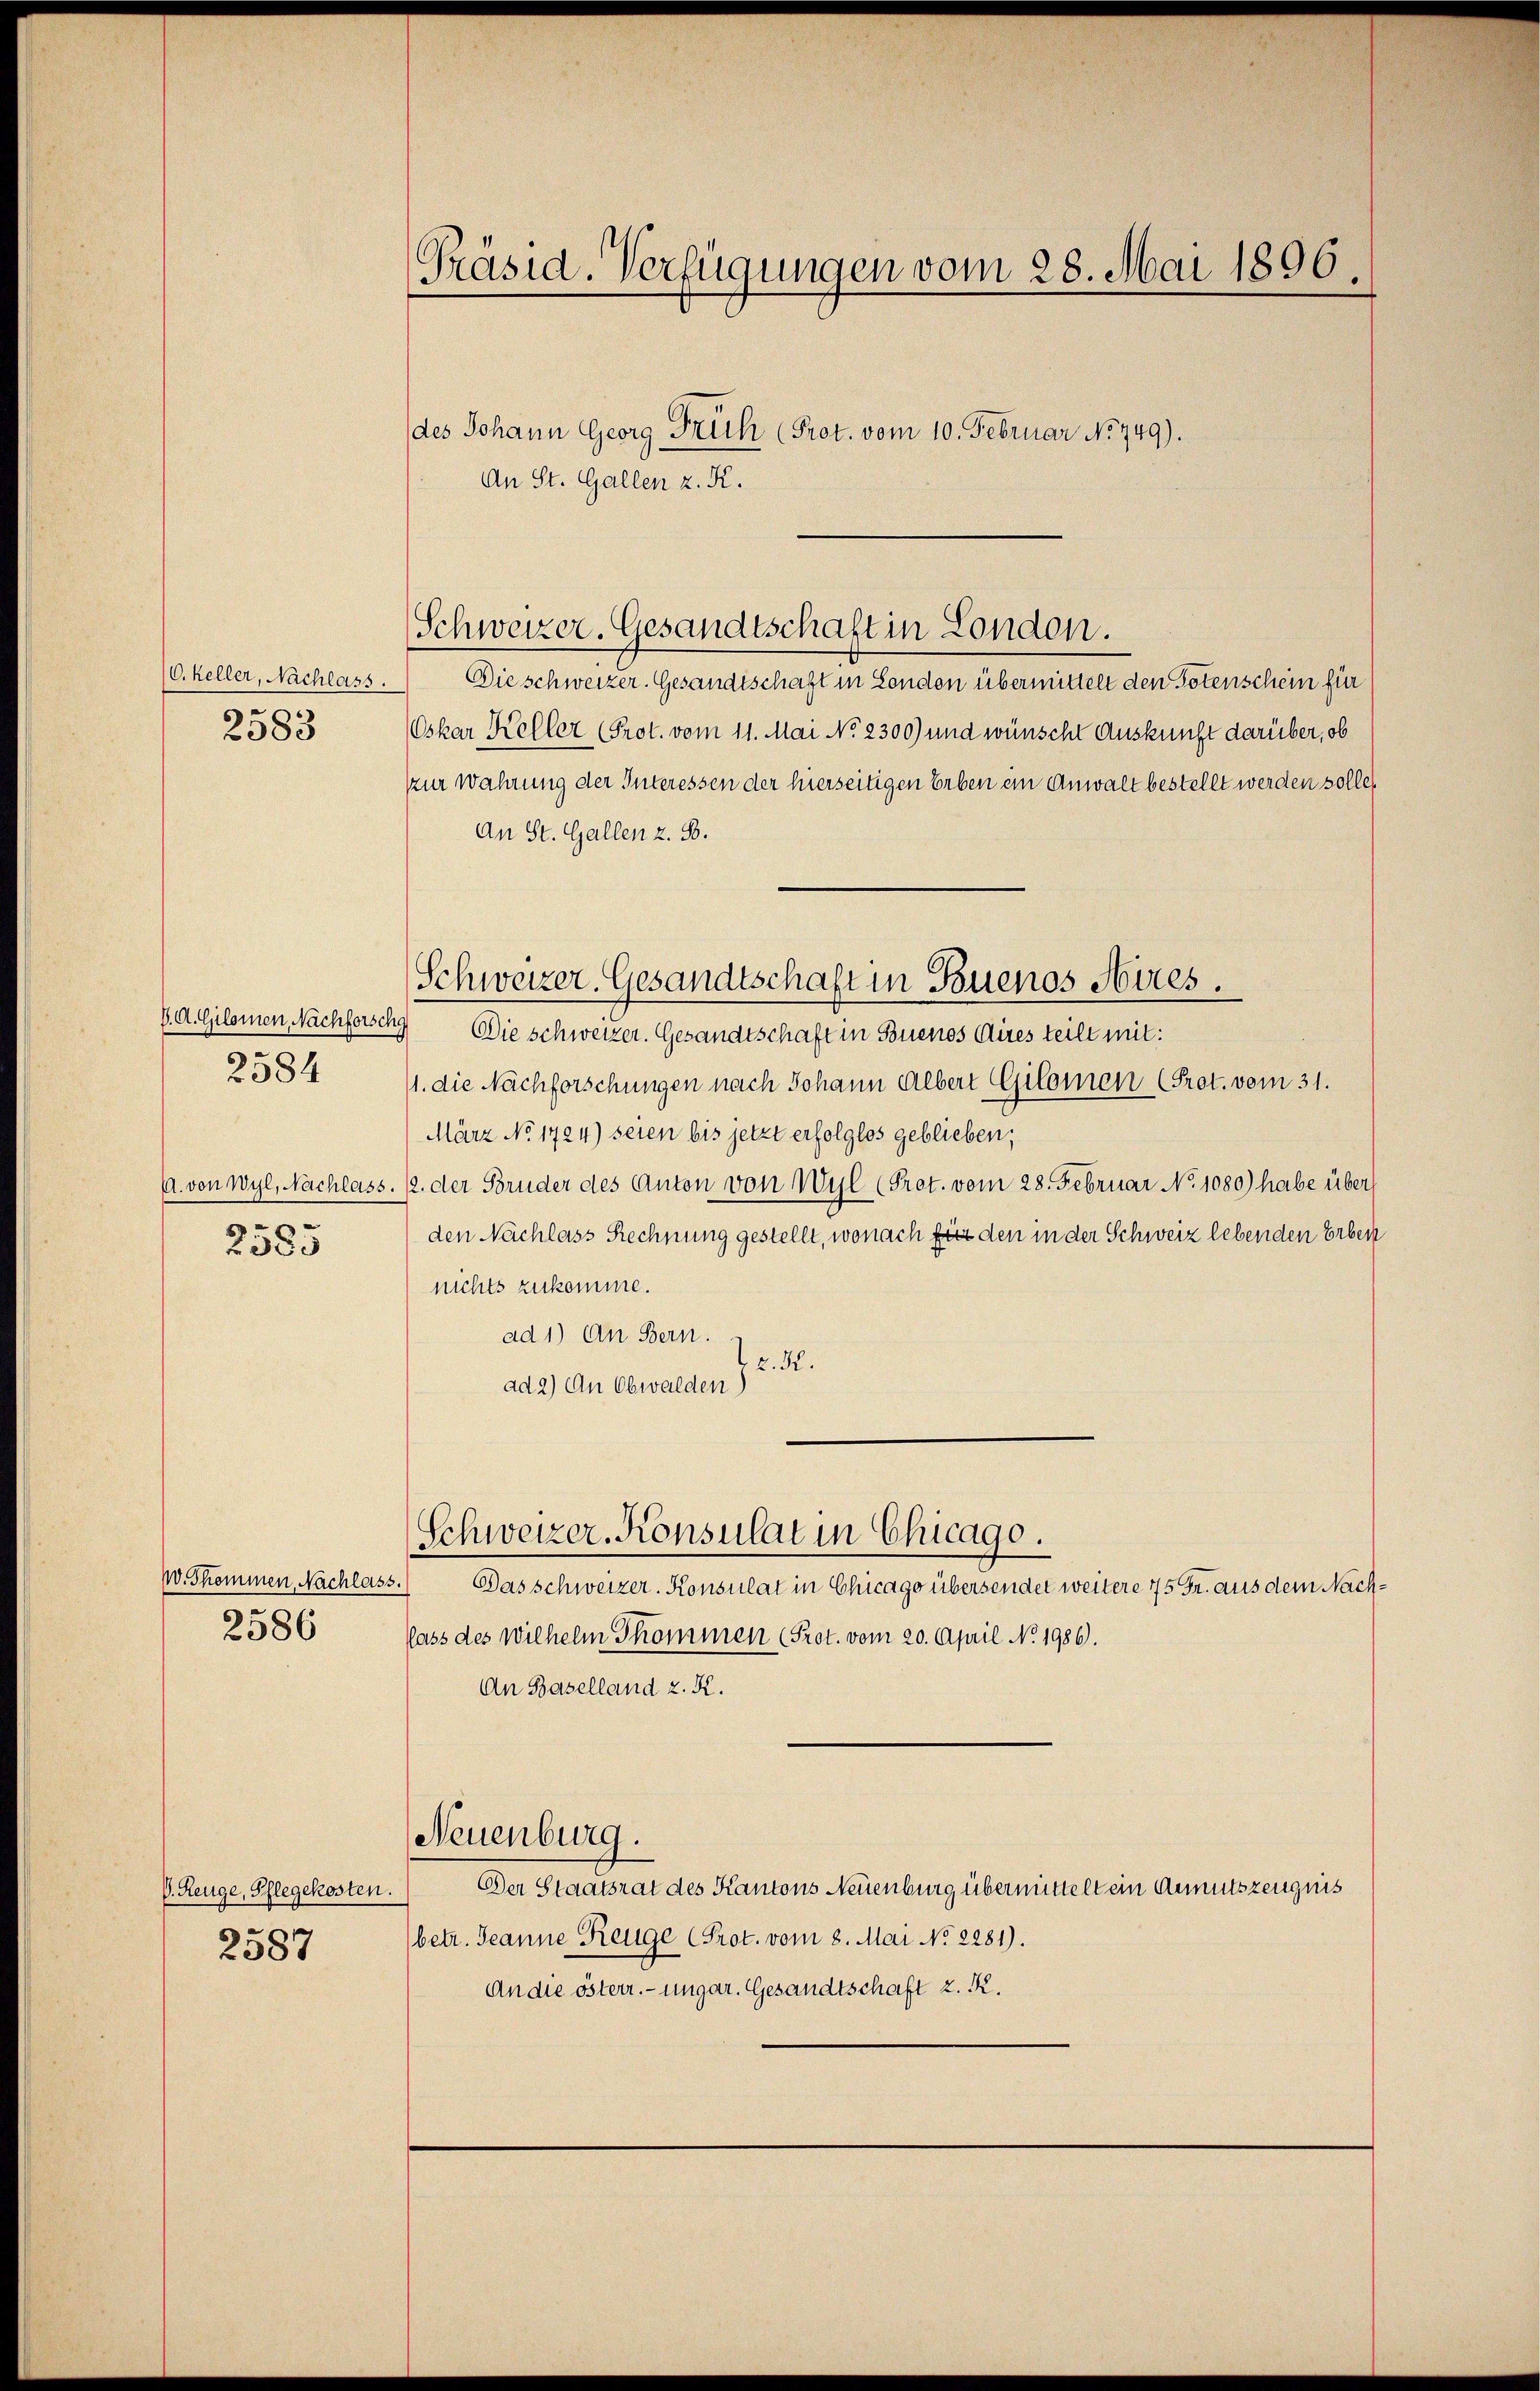
(C. Keller, Nachlars.

V. A. Gilomen, Nachforschg
2584

2585

des Johann Georg Früh (Prot. vom 10. Februar No 749).
An St. Gallen z. K.
Die schweizer. Gesandtschaft in London übermittelt den Totenschein für
2583 Oskar Keller (Prot. vom 11. Mai No 2300) und wünscht Auskunft darüber, ob
zur Wahrung der Interessen der hierseitigen Erben ein Anwalt bestellt werden solle,
An St. Gallen z. S.
Die schweizer. Gesandtschaft in Buenos Aires teilt mit:
11. die Nachforschungen nach Johann Albert Gilomen (Prot. vom 31.
März No. 1724) seien bis jetzt erfolglos geblieben,
A. von Wyl, Nachlass. 12. der Bruder des Anton von Wyl (Pret. vom 28. Februar No 1080) habe über
den Nachlass Rechnung gestellt, wonach für den in der Schweiz lebenden Erben
nichts zukomme.
ad 1) An Bern.
z. K.
ad 2) An Obwalden)
Schweizer-Konsulat in Chicago.
W. Skommen, Nachlass.
Das schweizer. Konsulat in Chicago übersendet weitere 75 Fr. aus dem Nach¬
2586
lass des Wilhelm Skommen (Prot. vom 20. April No 1986.
An Baselland z. K.
Neuenburg.
Der Staatsrat des Kantons Neuenburg übermittelt ein Anmutszeugnis
V. Reuge, Pflegekosten.
(betr. Jeanne Reuge (Prot. vom 8. Mai No 2281).
2587
An die österr. ungar. Gesandtschaft z. R.

Präsid. Verfügungen vom 28. Mai 1896.

Schweizer. Gesandtschaft in London.

Schweizer. Gesandtschaft in Buenos Aires.